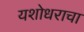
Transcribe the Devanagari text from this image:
यशोधराचा